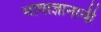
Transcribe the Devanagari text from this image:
भाषाज्ञानार्थी